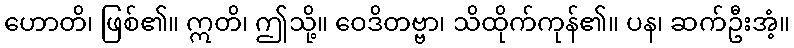
ဟောတိ၊ ဖြစ်၏။ ဣတိ၊ ဤသို့။ ဝေဒိတဗ္ဗာ၊ သိထိုက်ကုန်၏။ ပန၊ ဆက်ဦးအံ့။